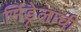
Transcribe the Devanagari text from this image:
सिंड्रेलाची